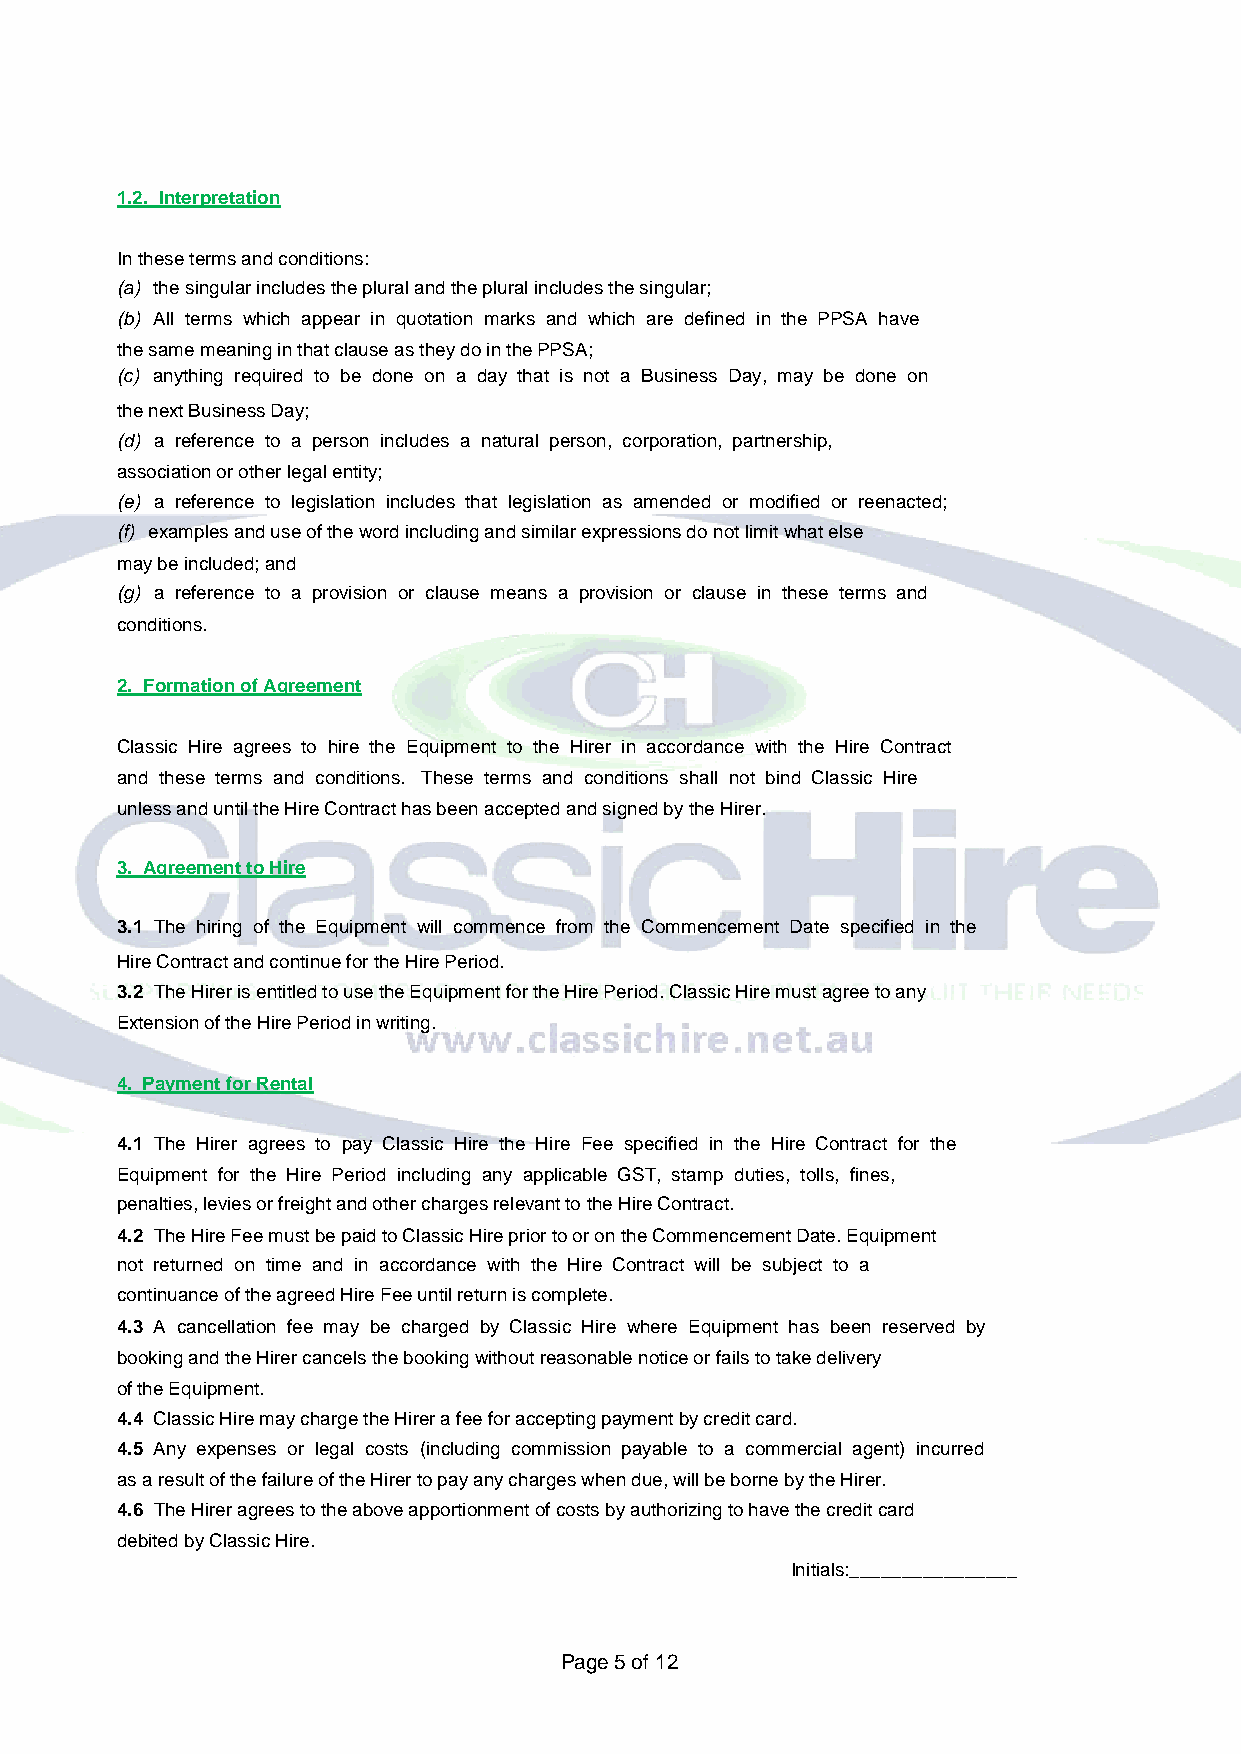
1.2. Interpretation
 In these terms and conditions:
 (a) the singular includes the plural and the plural includes the singular;
 (b) All terms which appear in quotation marks and which are defined in the PPSA have
 the same meaning in that clause as they do in the PPSA;
 (c) anything required to be done on a day that is not a Business Day, may be done on
 the next Business Day;
 (d) a reference to a person includes a natural person, corporation, partnership,
 association or other legal entity;
 (e) a reference to legislation includes that legislation as amended or modified or reenacted;
 (f) examples and use of the word including and similar expressions do not limit what else
 may be included; and
 (g) a reference to a provision or clause means a provision or clause in these terms and
 conditions.
 2. Formation of Agreement
 Classic Hire agrees to hire the Equipment to the Hirer in accordance with the Hire Contract
 and these terms and conditions. These terms and conditions shall not bind Classic Hire
 unless and until the Hire Contract has been accepted and signed by the Hirer.
 3. Agreement to Hire
 3.1 The hiring of the Equipment will commence from the Commencement Date specified in the
 Hire Contract and continue for the Hire Period.
 3.2 The Hirer is entitled to use the Equipment for the Hire Period. Classic Hire must agree to any
 Extension of the Hire Period in writing.
 4. Payment for Rental
 4.1 The Hirer agrees to pay Classic Hire the Hire Fee specified in the Hire Contract for the
 Equipment for the Hire Period including any applicable GST, stamp duties, tolls, fines,
 penalties, levies or freight and other charges relevant to the Hire Contract.
 4.2 The Hire Fee must be paid to Classic Hire prior to or on the Commencement Date. Equipment
 not returned on time and in accordance with the Hire Contract will be subject to a
 continuance of the agreed Hire Fee until return is complete.
 4.3 A cancellation fee may be charged by Classic Hire where Equipment has been reserved by
 booking and the Hirer cancels the booking without reasonable notice or fails to take delivery
 of the Equipment.
 4.4 Classic Hire may charge the Hirer a fee for accepting payment by credit card.
 4.5 Any expenses or legal costs (including commission payable to a commercial agent) incurred
 as a result of the failure of the Hirer to pay any charges when due, will be borne by the Hirer.
 4.6 The Hirer agrees to the above apportionment of costs by authorizing to have the credit card
 debited by Classic Hire.
 Initials:________________
 Page 5 of 12